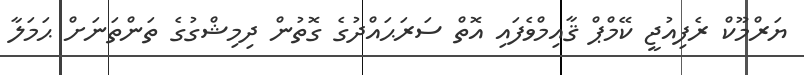
ޔަރްމޫކް ރެފިއުޖީ ކޭމްޕް ޤާއިމްވެފައި އޮތް ސަރަޙައްދުގެ ގޮތުން ދިމިޝްގުގެ ތަންތަނަށް ޙަމަލާ